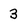
Character: 3